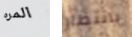
المره بانتظار